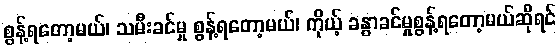
စွန့်ရတော့မယ်၊ သမီးခင်မှု စွန့်ရတော့မယ်၊ ကိုယ့် ခန္ဓာခင်မှုစွန့်ရတော့မယ်ဆိုရင်